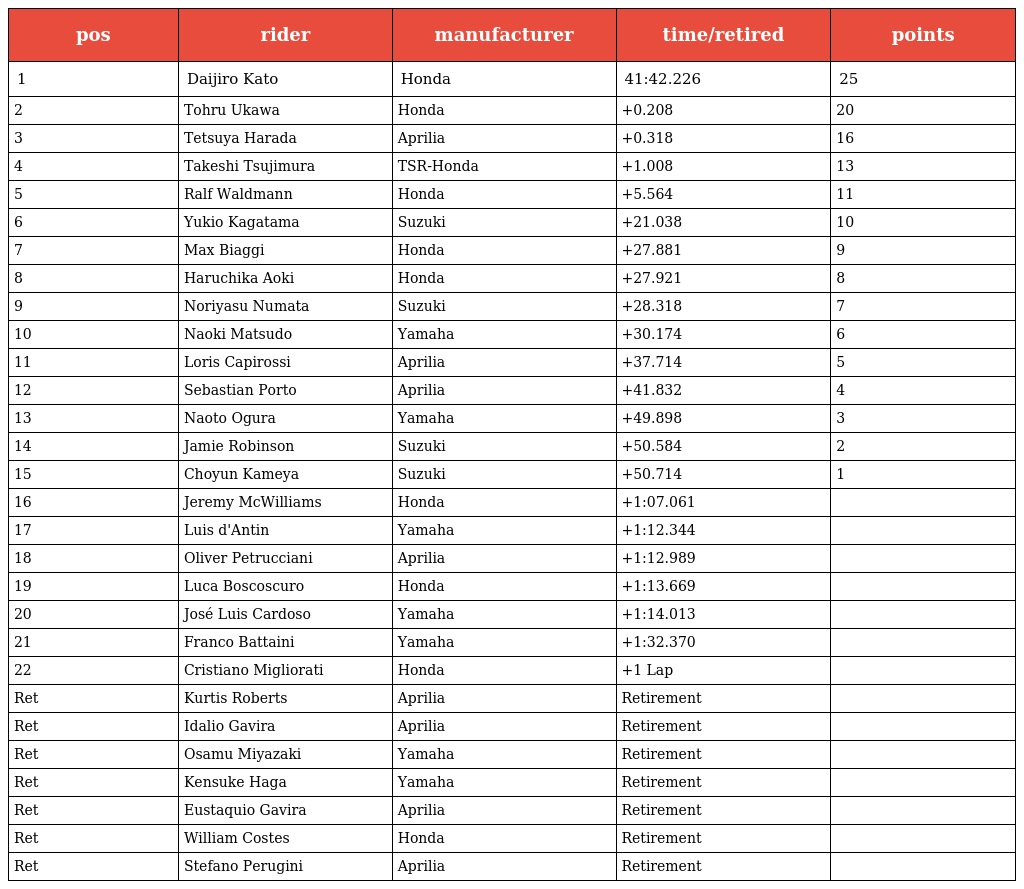
| pos | rider | manufacturer | time/retired | points |
 | --- | --- | --- | --- | --- |
 | 1 | Daijiro Kato | Honda | 41:42.226 | 25 |
 | 2 | Tohru Ukawa | Honda | +0.208 | 20 |
 | 3 | Tetsuya Harada | Aprilia | +0.318 | 16 |
 | 4 | Takeshi Tsujimura | TSR-Honda | +1.008 | 13 |
 | 5 | Ralf Waldmann | Honda | +5.564 | 11 |
 | 6 | Yukio Kagatama | Suzuki | +21.038 | 10 |
 | 7 | Max Biaggi | Honda | +27.881 | 9 |
 | 8 | Haruchika Aoki | Honda | +27.921 | 8 |
 | 9 | Noriyasu Numata | Suzuki | +28.318 | 7 |
 | 10 | Naoki Matsudo | Yamaha | +30.174 | 6 |
 | 11 | Loris Capirossi | Aprilia | +37.714 | 5 |
 | 12 | Sebastian Porto | Aprilia | +41.832 | 4 |
 | 13 | Naoto Ogura | Yamaha | +49.898 | 3 |
 | 14 | Jamie Robinson | Suzuki | +50.584 | 2 |
 | 15 | Choyun Kameya | Suzuki | +50.714 | 1 |
 | 16 | Jeremy McWilliams | Honda | +1:07.061 |  |
 | 17 | Luis d'Antin | Yamaha | +1:12.344 |  |
 | 18 | Oliver Petrucciani | Aprilia | +1:12.989 |  |
 | 19 | Luca Boscoscuro | Honda | +1:13.669 |  |
 | 20 | José Luis Cardoso | Yamaha | +1:14.013 |  |
 | 21 | Franco Battaini | Yamaha | +1:32.370 |  |
 | 22 | Cristiano Migliorati | Honda | +1 Lap |  |
 | Ret | Kurtis Roberts | Aprilia | Retirement |  |
 | Ret | Idalio Gavira | Aprilia | Retirement |  |
 | Ret | Osamu Miyazaki | Yamaha | Retirement |  |
 | Ret | Kensuke Haga | Yamaha | Retirement |  |
 | Ret | Eustaquio Gavira | Aprilia | Retirement |  |
 | Ret | William Costes | Honda | Retirement |  |
 | Ret | Stefano Perugini | Aprilia | Retirement |  |